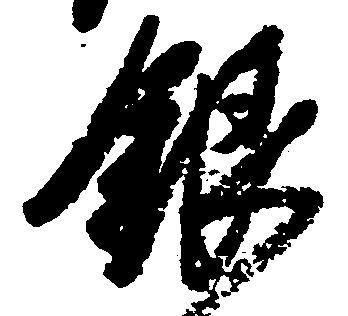
銀